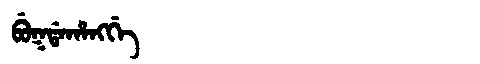
Manchu: ᠪᡠᡴᡩᠠᡥᠠᠩᡤᡝ
Romanization: BUKDAHANGGE